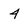
Character: 4